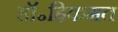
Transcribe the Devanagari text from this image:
डॉ॰हिकमत